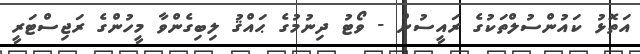
އަތޮޅު ކައުންސުލްތަކުގެ ރައީސުން - ވޯޓު ދިނުމުގެ ޙައްޤު ލިބިގެންވާ މީހުންގެ ރަޖިސްޓަރީ